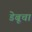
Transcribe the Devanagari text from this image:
डेबूचा